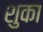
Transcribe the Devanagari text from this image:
शुका